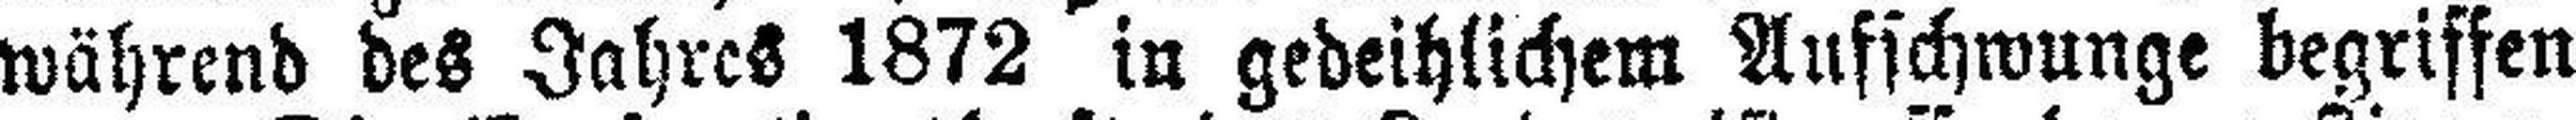
während des Jahres 1872 in gedeihlichem Aufschwunge begriffen